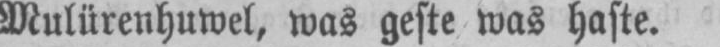
Mulürenhuwel, was geste was haste.